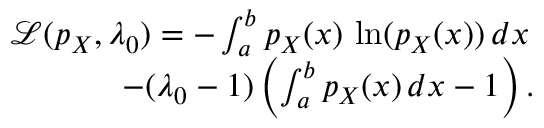
\begin{array} { r } { \mathcal { L } ( p _ { X } , \lambda _ { 0 } ) = - \int _ { a } ^ { b } p _ { X } ( x ) \, \ln ( p _ { X } ( x ) ) \, d x \, } \\ { - ( \lambda _ { 0 } - 1 ) \left( \int _ { a } ^ { b } p _ { X } ( x ) \, d x - 1 \right) . } \end{array}